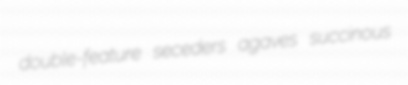
double-feature seceders agaves succinous